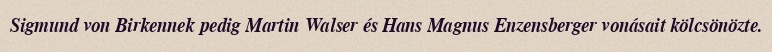
Sigmund von Birkennek pedig Martin Walser és Hans Magnus Enzensberger vonásait kölcsönözte.